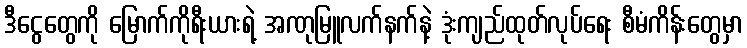
ဒီငွေတွေကို မြောက်ကိုရီးယားရဲ့ အဏုမြူလက်နက်နဲ့ ဒုံးကျည်ထုတ်လုပ်ရေး စီမံကိန်းတွေမှာ